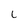
Character: L